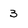
Character: 3